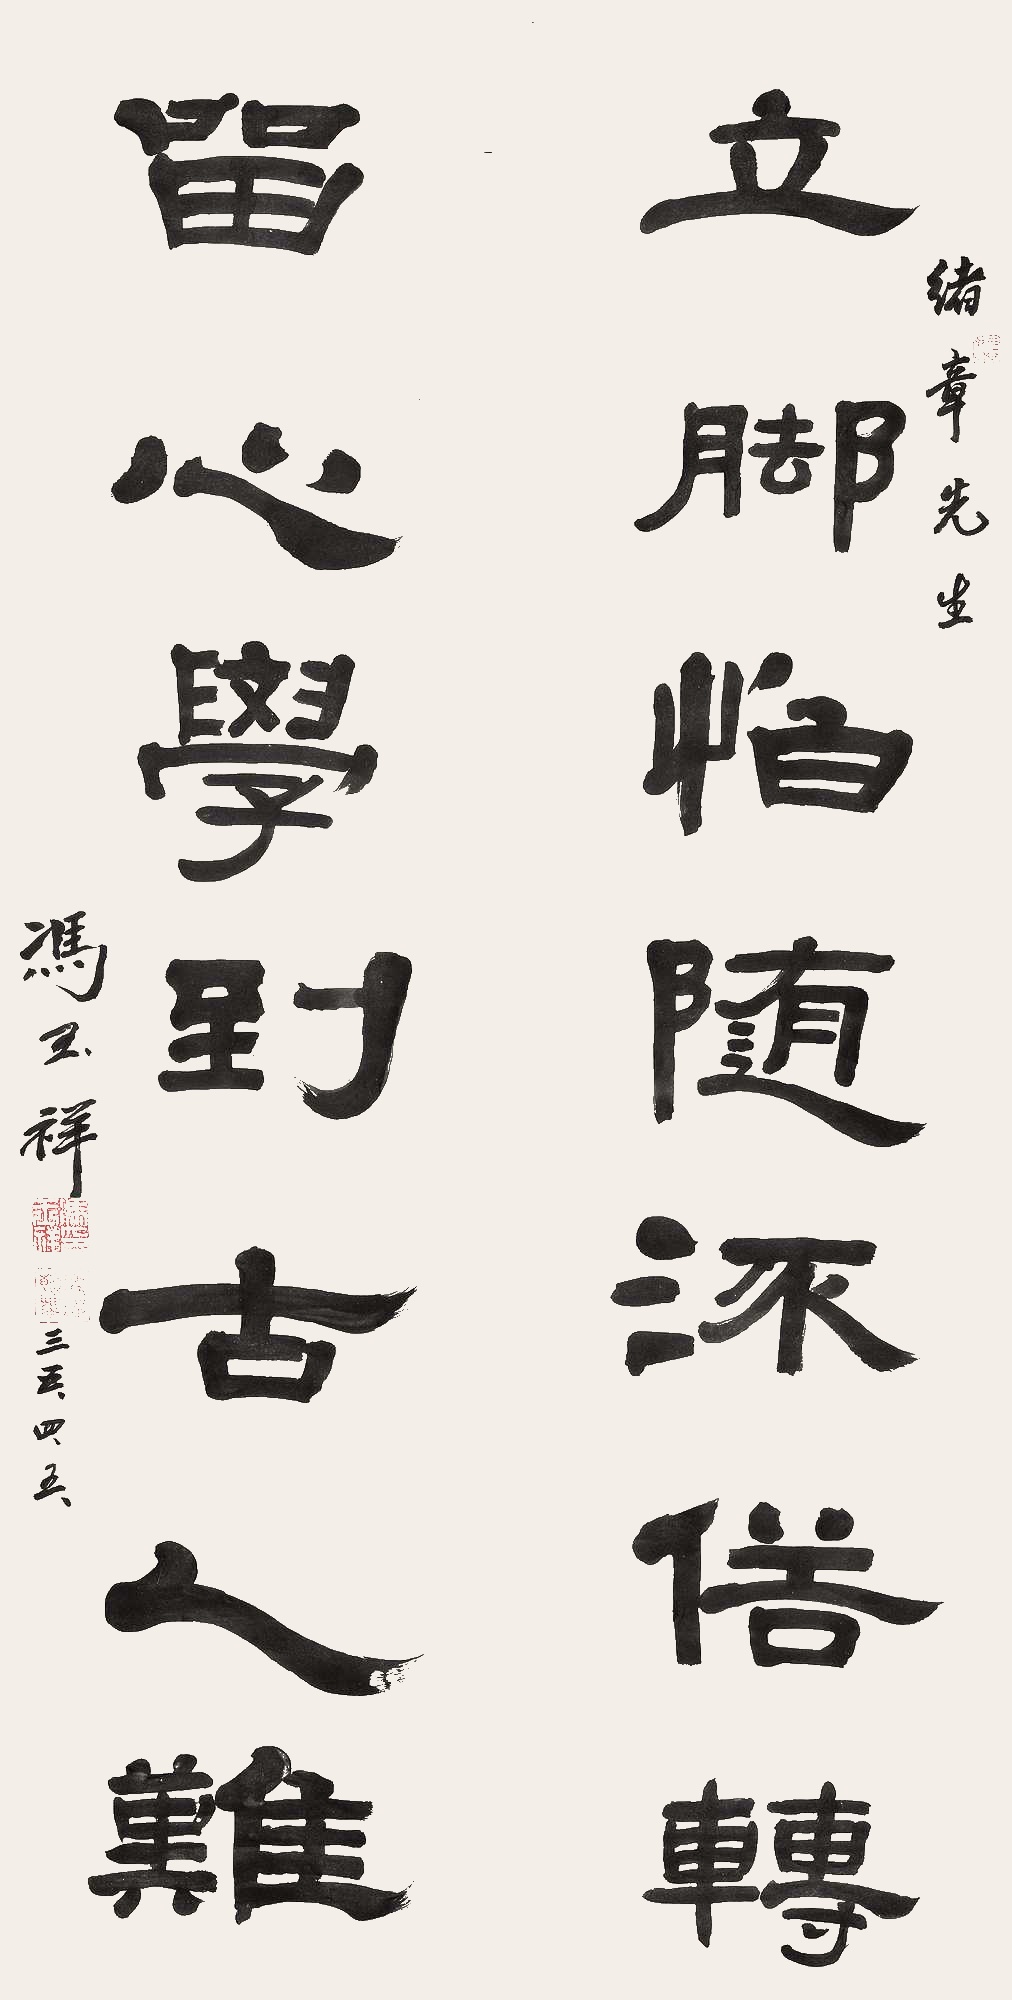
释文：立脚怕随流俗转，留心学到古人难。绪章先生，冯玉祥。三五、四、五。